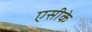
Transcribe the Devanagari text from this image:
एसीके